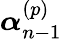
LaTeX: \boldsymbol\alpha_{n-1}^{(p)}